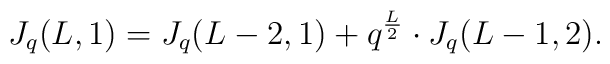
J_q(L,1)=J_q(L-2,1)+q^{\frac{L}{2}}\cdot J_q(L-1,2).